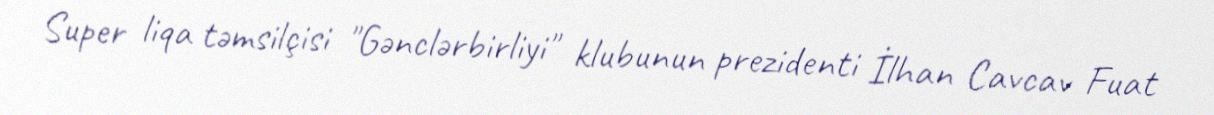
Super liqa təmsilçisi "Gənclərbirliyi" klubunun prezidenti İlhan Cavcav Fuat